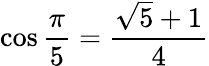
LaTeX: \cos{\frac{\pi}{5}}={\frac{{\sqrt{5}}+1}{4}}